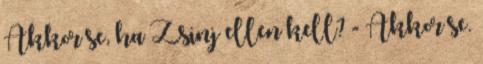
Akkor se, ha Zsinj ellen kell? - Akkor se.